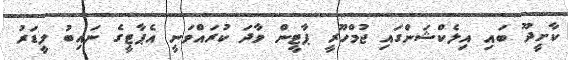
ކާށީދޫ ބައި އިލެކްޝަންގައި ޖުމްހޫރީ ޕާޓީން ވާދަ ކުރައްވަނީ އެޕާޓީގެ ނައިބު ލީޑަރު